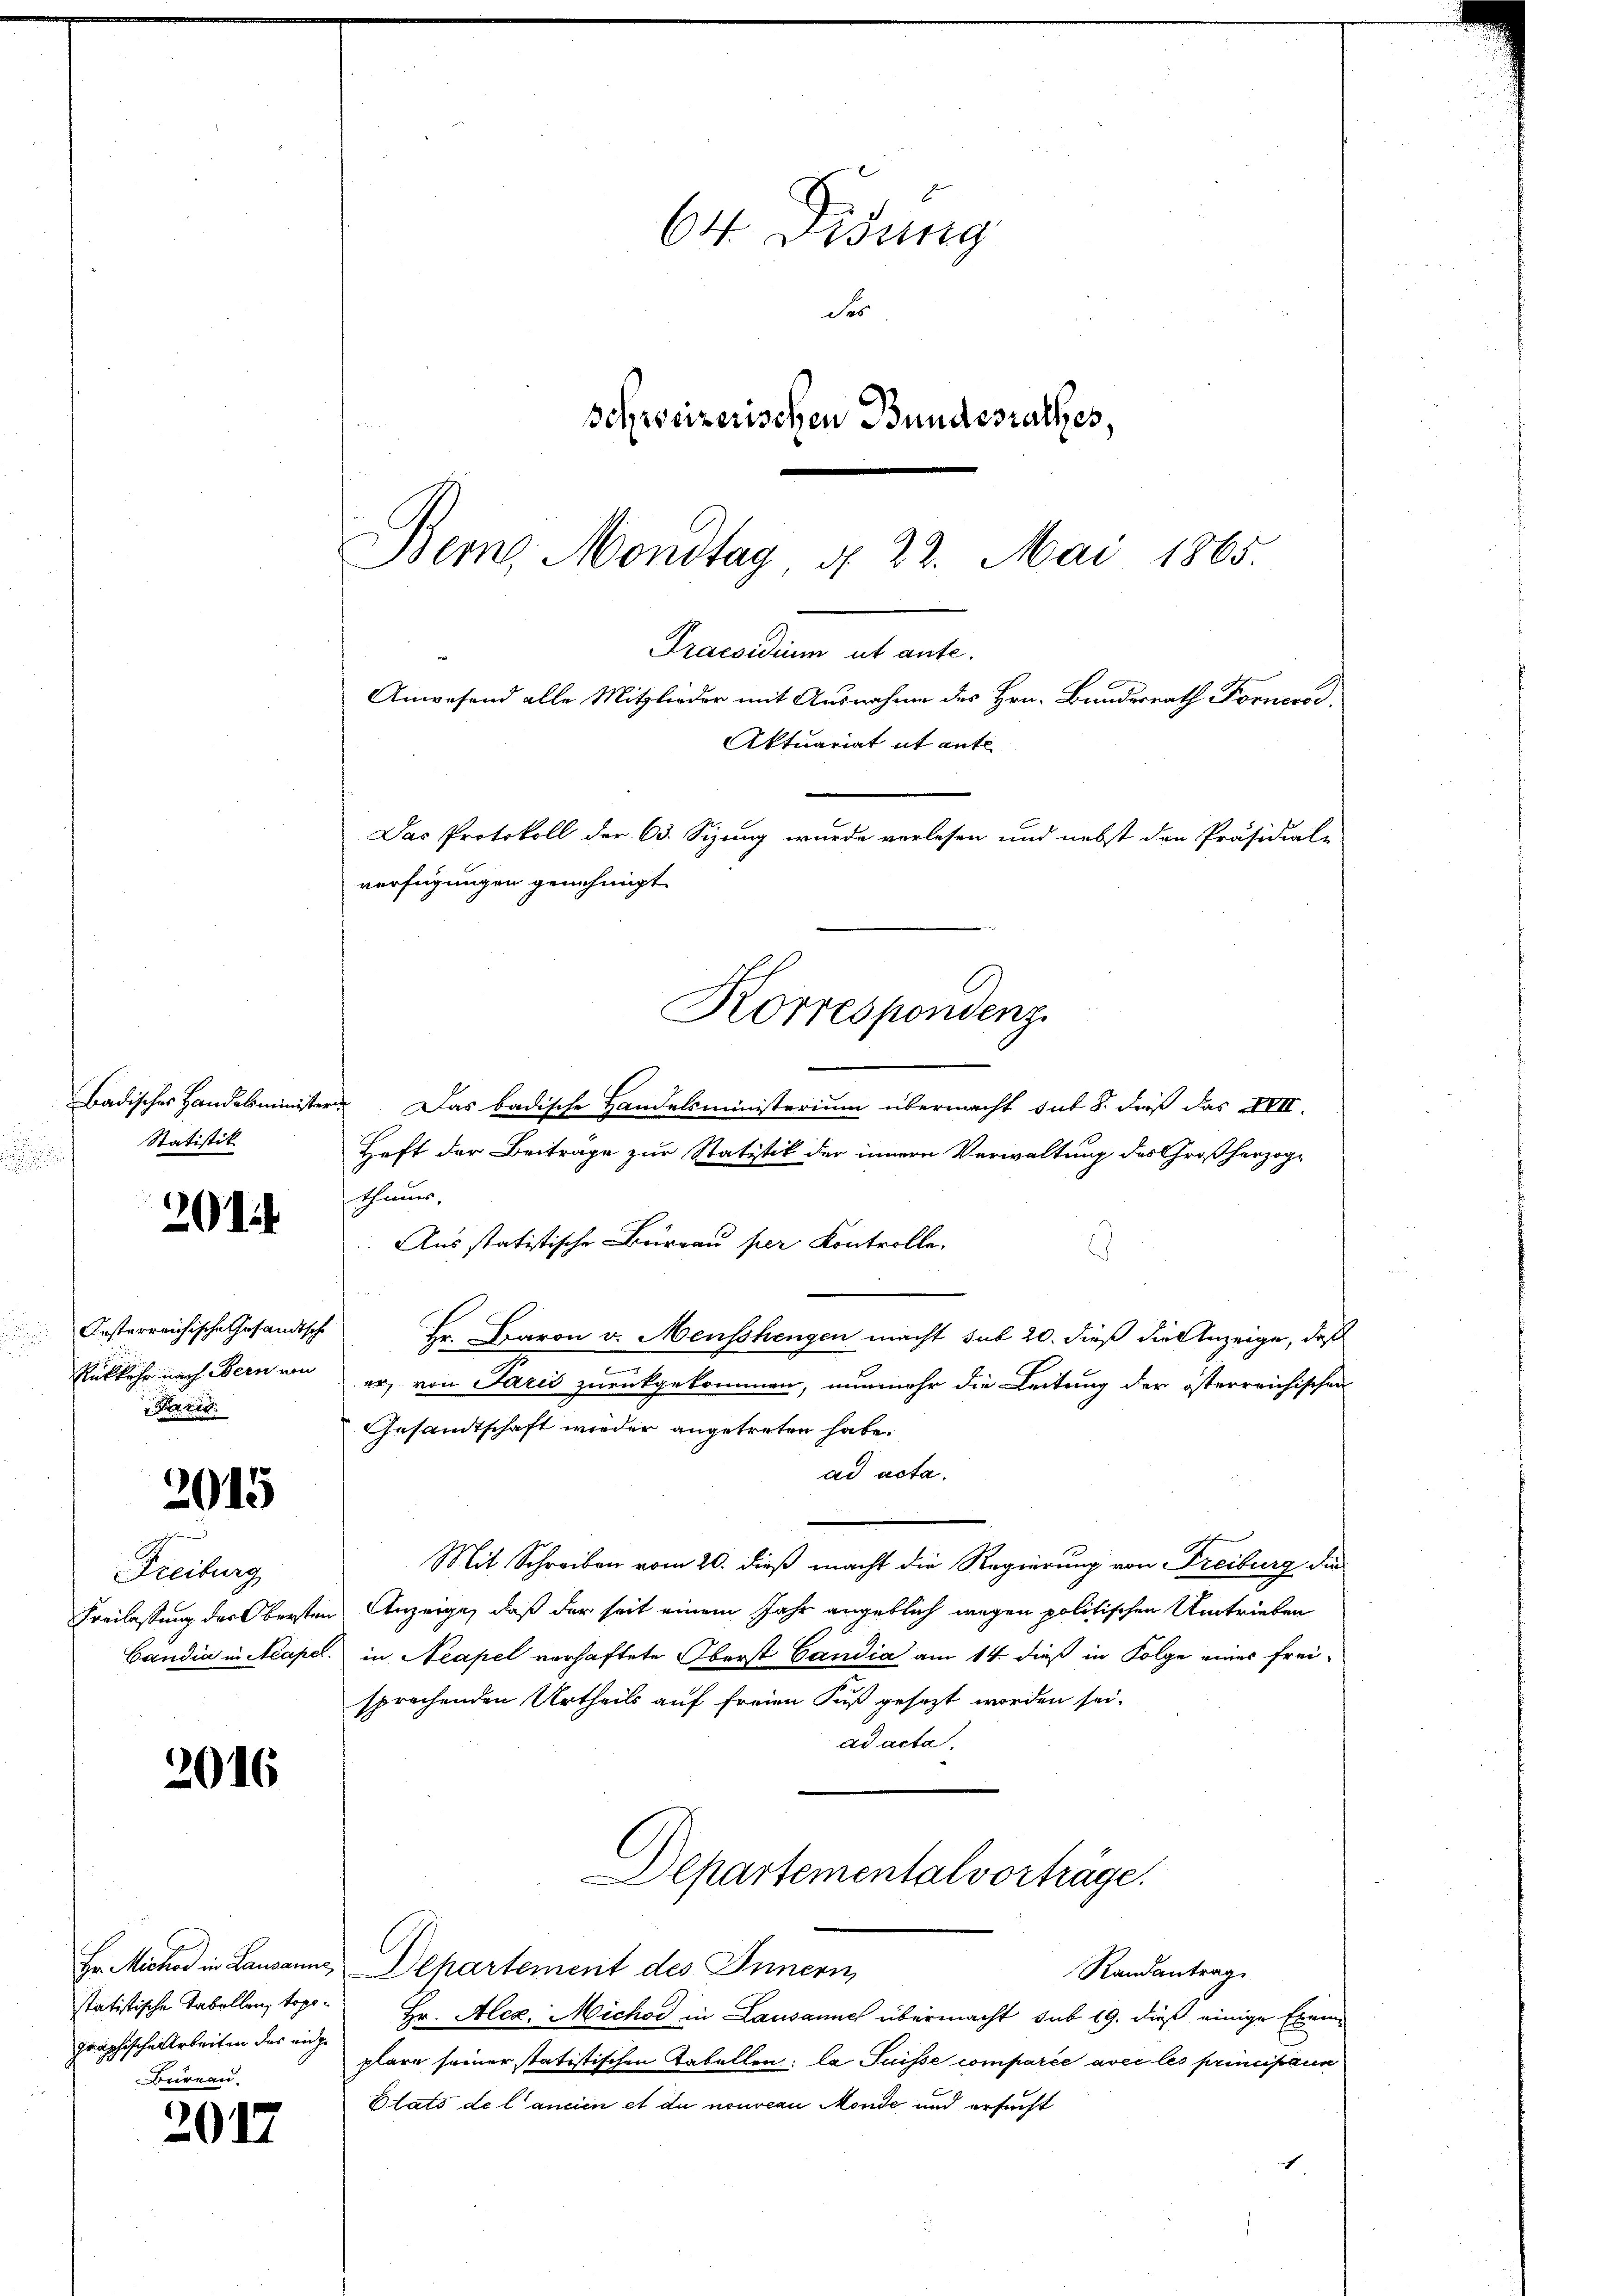
Statistik

Posterreichische Gesandtsche
Rükkehr nach Bern von
re

201

2015

Sichen
Freiburg

2016

graphische Arbeiten des eidge
Bureau

2017

64 Didung
des
Schweizerischen Bundesrathes,
Bemg Mondtag d. 22. Mai 1865.

Badisches Handelsminister. Das badische Handelsministerium übermacht sub 8. dieß das XIII.
Heft der Beiträge zur Statistik der innern Verwaltung des Großherzoge
thums,
Aus statistische Büreau per Kontrolle,
d
Hr. Baron v. Menschengen macht sub 20. dieß die Anzeige, daß
.
er, von Paris zurückgekommen, nunmehr die Leitung der österreichischen
Gesandtschaft wieder angetreten habe.
ad acta.
Mit Schreiben vom 20. dieß macht die Regierung von Freiburg die
Freilassung der Obersten Anzeige, daß der seit einem Jahr angeblich wegen politischen Umtrieben
Candia in Neapel. in Neapel verhaftete Oberst Candia am 14. dieß in Folge eines freisprechenden Urtheils auf freien Fuß gesezt worden sei.
ad acta.
Departemental vorträge.
Hr. Micher in Lausanne, Departement des Innern,
Randantrag
statistische Tabellen, topo Hr. Alez. Michod in Lausannes übermacht sub 19. dieß einige Ernenplare seiner statistischen Tabellen: la Suisse comparée avec les principause
Etats de l’ancien et du nouveau Monde und ersucht

Gnedienen al
Anwesend alle Mitglieder mit Ausnahme des Hrn. Bundesrath Fornerod
Aktuariat it ante
Das Protokoll der 63. Sizung wurde verlesen und nebst den Präsidial-
verfügungen genehmigt.
Korrespondenz.